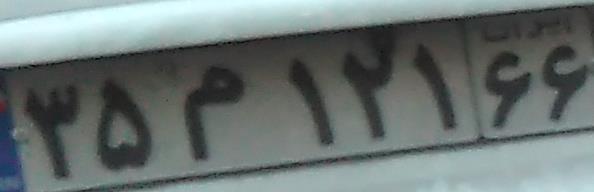
۳۵م۱۲۱۶۶